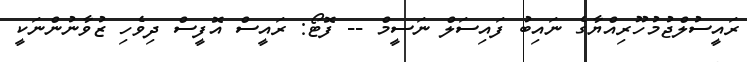
ރައީސުލްޖުމުހޫރިއްޔާގެ ނައިބު ފައިސަލް ނަސީމް -- ފޮޓޯ: ރައީސް އޮފީސް ދިވެހި ޒުވާނުންނަކީ